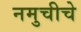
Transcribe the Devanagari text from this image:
नमुचीचे